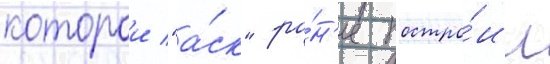
которои "а́ск" ра́н'ее постро́ил